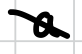
Text: a
Cross-out: diagonal
Writing tool: digital_black